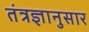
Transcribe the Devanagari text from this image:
तंत्रज्ञानुसार